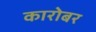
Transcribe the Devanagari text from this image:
कारोबर